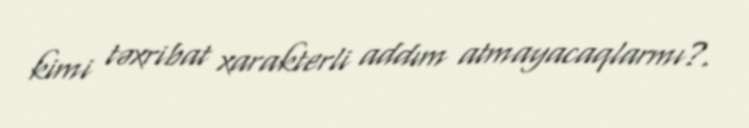
kimi təxribat xarakterli addım atmayacaqlarmı?.